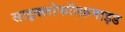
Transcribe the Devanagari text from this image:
साइक्लोफॉस्फ़माइड